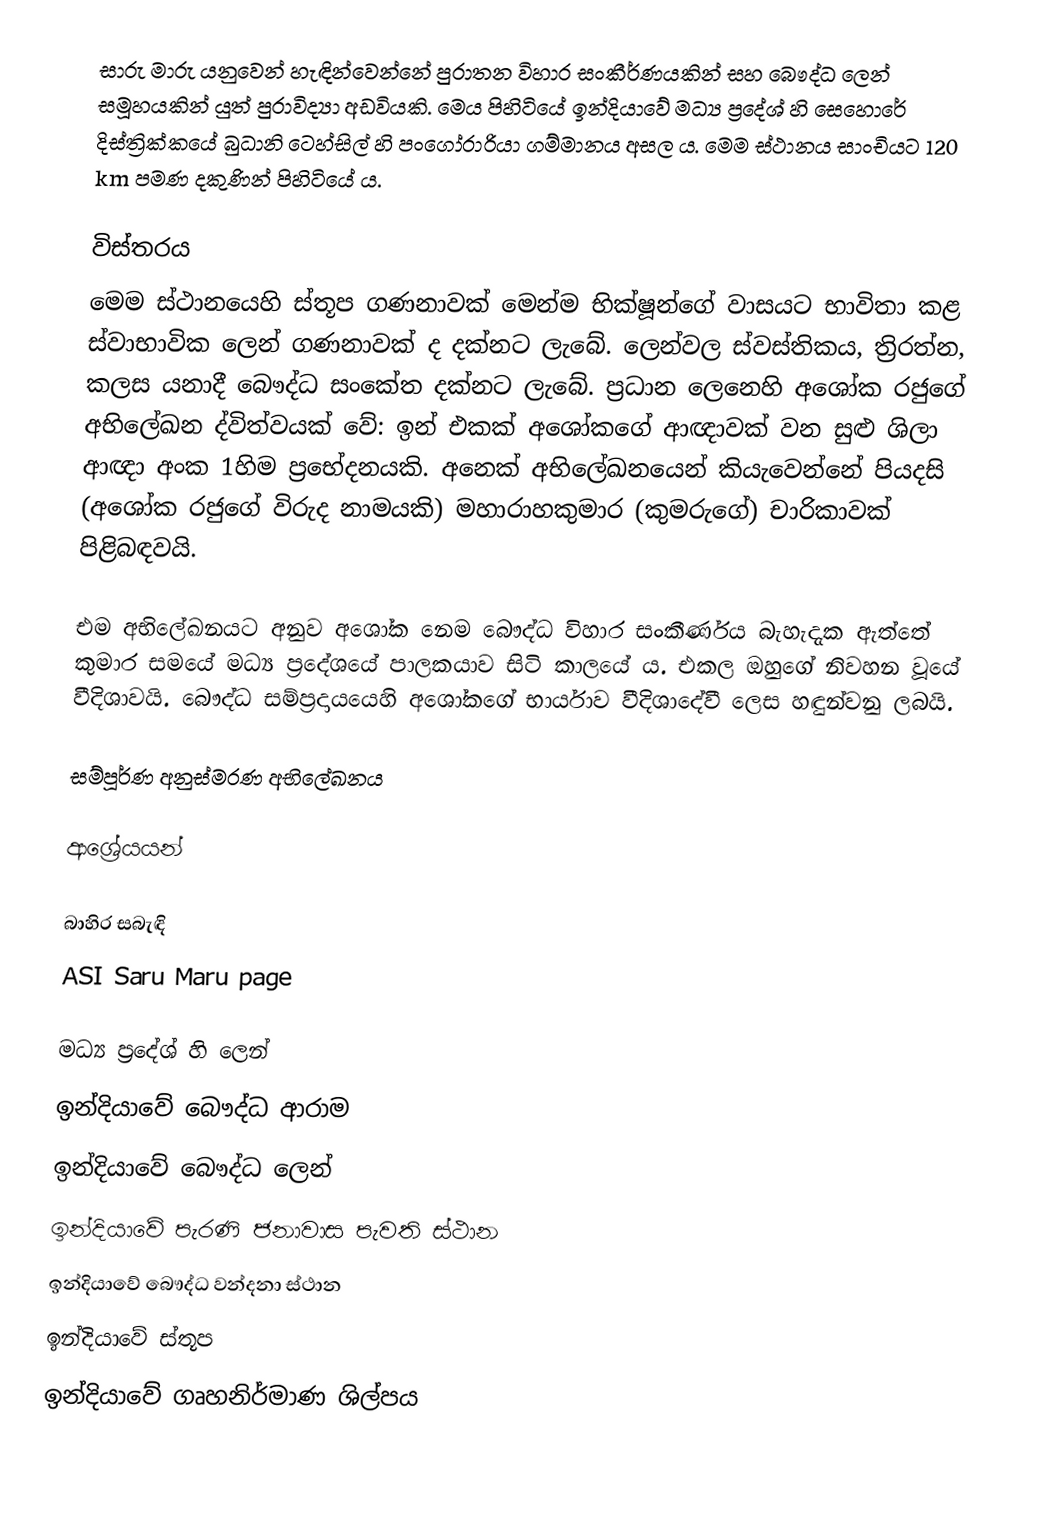
සාරු මාරු යනුවෙන් හැඳින්වෙන්නේ පුරාතන විහාර සංකීර්ණයකින් සහ බෞද්ධ ලෙන් සමූහයකින් යුත් පුරාවිද්‍යා අඩවියකි. මෙය පිහිටියේ ඉන්දියාවේ මධ්‍ය ප්‍රදේශ් හි සෙහොරේ දිස්ත්‍රික්කයේ බුධානි ටෙහ්සිල් හි පංගෝරාරියා ගම්මානය අසල ය. මෙම ස්ථානය සාංචියට 120 km පමණ දකුණින් පිහිටියේ ය.

විස්තරය
මෙම ස්ථානයෙහි ස්තූප ගණනාවක් මෙන්ම භික්ෂූන්ගේ වාසයට භාවිතා කළ ස්වාභාවික ලෙන් ගණනාවක් ද දක්නට ලැබේ. ලෙන්වල ස්වස්තිකය, ත්‍රිරත්න, කලස යනාදී බෞද්ධ සංකේත දක්නට ලැබේ. ප්‍රධාන ලෙනෙහි අශෝක රජුගේ අභිලේඛන ද්විත්වයක් වේ: ඉන් එකක් අශෝකගේ ආඥාවක් වන සුළු ශිලා ආඥා අංක 1හිම ප්‍රභේදනයකි. අනෙක් අභිලේඛනයෙන් කියැවෙන්නේ පියදසි (අශෝක රජුගේ විරුද නාමයකි) මහාරාහකුමාර (කුමරුගේ) චාරිකාවක් පිළිබඳවයි.

එම අභිලේඛනයට අනුව අශෝක නෙම බෞද්ධ විහාර සංකීර්ණය බැහැදැක ඇත්තේ කුමාර සමයේ මධ්‍ය ප්‍රදේශයේ පාලකයාව සිටි කාලයේ ය. එකල ඔහුගේ නිවහන වූයේ වීදිශාවයි. බෞද්ධ සම්ප්‍රදායයෙහි අශෝකගේ භාර්යාව වීදිශාදේවී ලෙස හඳුන්වනු ලබයි.

සම්පූර්ණ අනුස්මරණ අභිලේඛනය

ආශ්‍රේයයන්

බාහිර සබැඳි
 ASI Saru Maru page

මධ්‍ය ප්‍රදේශ් හි ලෙන්
ඉන්දියාවේ බෞද්ධ ආරාම
ඉන්දියාවේ බෞද්ධ ලෙන්
ඉන්දියාවේ පැරණි ජනාවාස පැවති ස්ථාන
ඉන්දියාවේ බෞද්ධ වන්දනා ස්ථාන
ඉන්දියාවේ ස්තූප
ඉන්දියාවේ ගෘහනිර්මාණ ශිල්පය